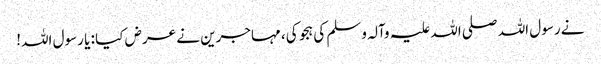
نے رسول اللہ صلی اللہ علیہ وآلہ وسلم کی ہجو کی، مہاجرین نے عرض کیا : یا رسول اللہ!